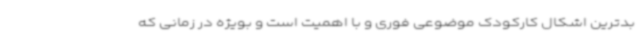
بدترین اشکال کارکودک موضوعی فوری و با اهمیت است و بویژه در زمانی که